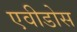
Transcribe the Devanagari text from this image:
एवीडोस